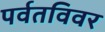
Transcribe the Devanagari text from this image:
पर्वतविवर